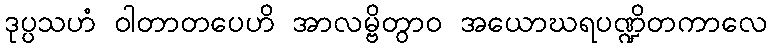
ဒုပ္ပသဟံ ဝါတာတပေဟိ အာလမ္ဗိတွာဝ အယောဃရပဏ္ဍိတကာလေ